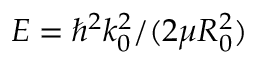
E = \hbar ^ { 2 } k _ { 0 } ^ { 2 } / ( 2 \mu R _ { 0 } ^ { 2 } )